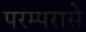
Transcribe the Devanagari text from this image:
परम्परासे